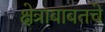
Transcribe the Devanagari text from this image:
क्षेत्राबाबतचे